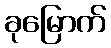
ခုမြောက်